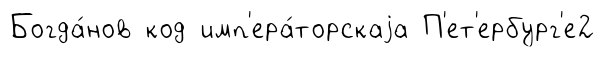
Богда́нов код имп'ера́торскаjа П'ет'ербург'е2